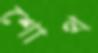
শোথ